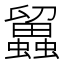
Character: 𧔳